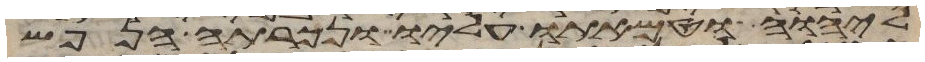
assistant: ליהוה וטמאתו עליו ונכרתה הנפש